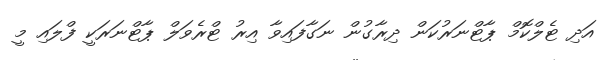
އަދި ޓެލްކޮމް ޕާޓްނަރުކަން ދިރާގުން ނަގާފައިވާ އިރު ޓްރެވަލް ޕާޓްނަރަކީ ފްލައި މީ